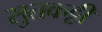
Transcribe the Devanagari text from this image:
सुतकट्टी